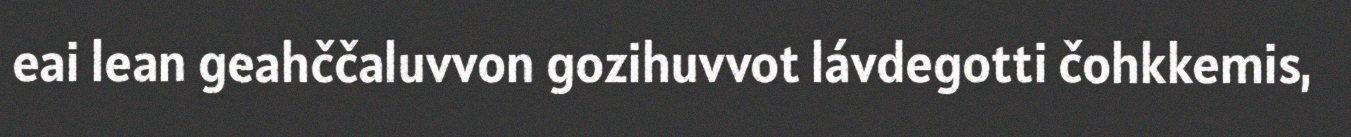
eai lean geahččaluvvon gozihuvvot lávdegotti čohkkemis,